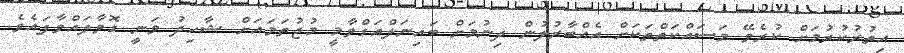
އިތުރުކުރުމަށް ކުރެވޭ މަސައްކަތްތަކަށް އެއްބާރުލުން ދިނުމަށް ބައިނަލްއަގްވާމީ މުޖުތަމައަށް ޝާހިދު ވަނީ ގޮވާލައްވާފައެވެ.